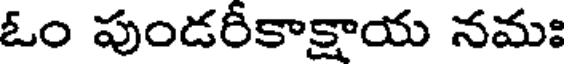
ఓం పుండరీకాక్షాయ నమః